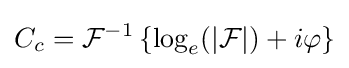
C_{c}={\mathcal {F}}^{-1}\left\{\log _{e}({\mathcal {|F|}})+i\varphi \right\}